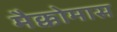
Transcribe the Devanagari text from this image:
मैक्कोमास